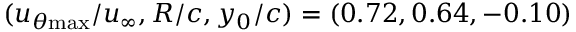
( u _ { \theta \mathrm { { m a x } } } / u _ { \infty } , R / c , y _ { 0 } / c ) = ( 0 . 7 2 , 0 . 6 4 , - 0 . 1 0 )